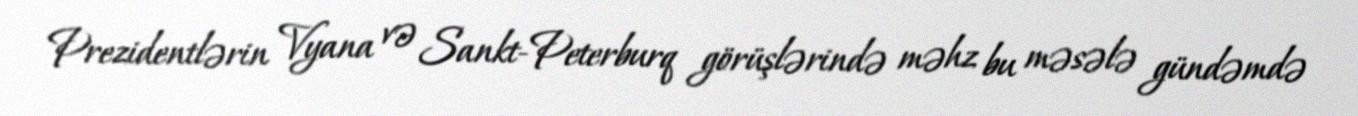
Prezidentlərin Vyana və Sankt-Peterburq görüşlərində məhz bu məsələ gündəmdə